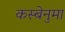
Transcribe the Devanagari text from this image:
कस्बेनुमा